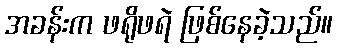
အခန်းက ဖရိုဖရဲ ဖြစ်နေခဲ့သည်။